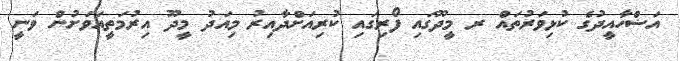
އަޟްހާއީދުގެ ކުޅިވަރުތައް ރ މީދޫގައި ފޯރިގައި ކުރިއަށްދާއިރު މިއަދު މީދޫ އިރުމަތީއަވަށުން ވަނީ